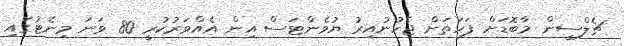
ޗެލްސީން މާބޮޑަށް ފަހަތަށް ޖެހުނުއިރު ޔުވެންޓަސް އިން އެއްވަރުކުރީ 80 ވަނަ މިނެޓުގައި